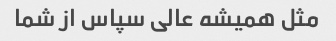
مثل همیشه عالی سپاس از شما